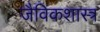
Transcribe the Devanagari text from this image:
जैविकशास्त्र